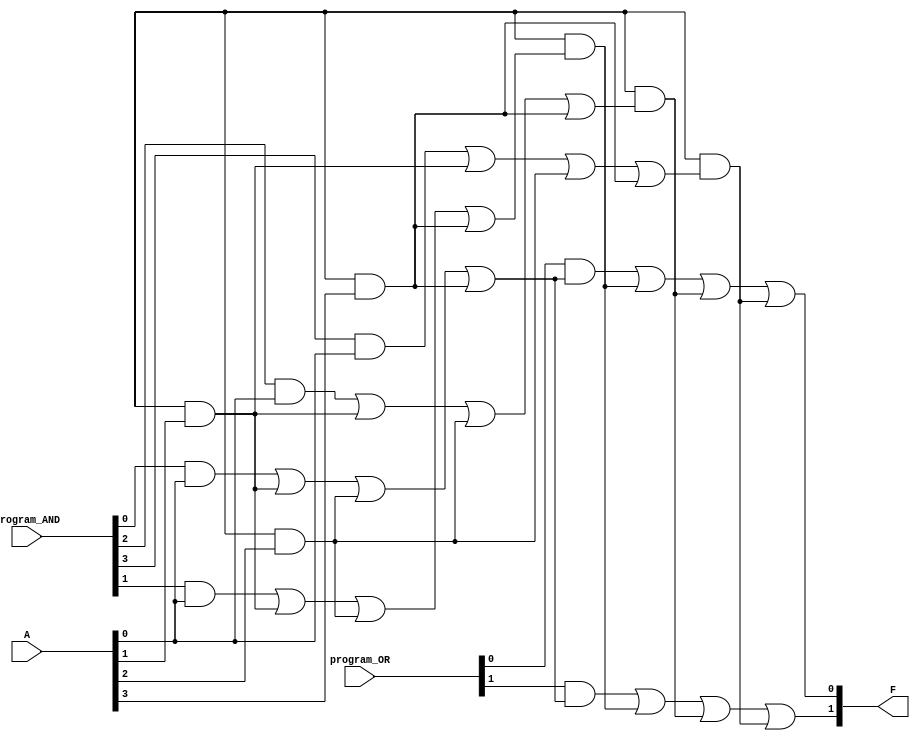
module PLA (
    input wire [n-1:0] A,       // Inputs A1, A2, ..., An
    input wire [m-1:0] program_AND, // Programmable connections for AND gates
    input wire [p-1:0] program_OR,  // Programmable connections for OR gates
    output wire [p-1:0] F       // Outputs F1, F2, ..., Fp
);
    // Parameters defining the number of inputs, outputs, AND gates, and OR gates
    parameter n = 4; // Number of inputs
    parameter m = 4; // Number of AND gates
    parameter p = 2; // Number of outputs

    // Internal signals for the AND gate outputs
    wire [m-1:0] and_out;

    // AND array implementation
    generate
        genvar i, j;
        for (i = 0; i < m; i = i + 1) begin : and_gate
            assign and_out[i] = (program_AND[i] & A[0]) | 
                                (program_AND[i + m] & A[1]) |
                                (program_AND[i + 2*m] & A[2]) |
                                (program_AND[i + 3*m] & A[3]);
        end
    endgenerate

    // OR array implementation
    generate
        for (j = 0; j < p; j = j + 1) begin : or_gate
            assign F[j] = (program_OR[j] & and_out[0]) |
                          (program_OR[j + p] & and_out[1]) |
                          (program_OR[j + 2*p] & and_out[2]) |
                          (program_OR[j + 3*p] & and_out[3]);
        end
    endgenerate

endmodule